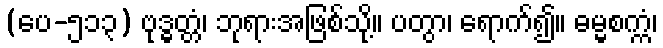
(ပေ-၅၁၃) ဗုဒ္ဓတ္တံ၊ ဘုရားအဖြစ်သို့။ ပတွာ၊ ရောက်၍။ ဓမ္မစက္ကံ၊